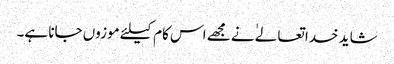
شاید خدا تعالےٰ نے مجھے اس کام کیلئے موزوں جانا ہے۔